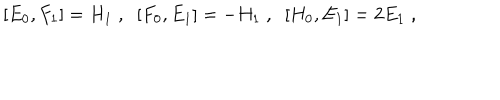
[ E _ { 0 } , F _ { 1 } ] = H _ { 1 } \; , \; \; [ F _ { 0 } , E _ { 1 } ] = - H _ { 1 } \; , \; \; [ H _ { 0 } , E _ { 1 } ] = 2 E _ { 1 } \; ,